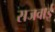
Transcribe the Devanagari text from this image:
सजवाई